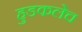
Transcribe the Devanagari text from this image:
हुडकलेच